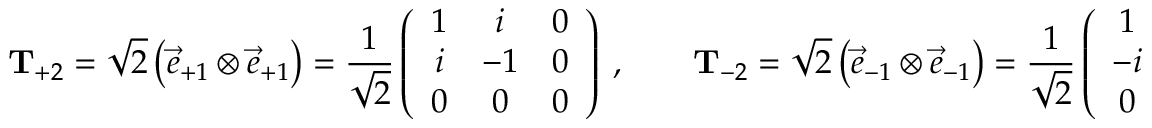
{ \bf T } _ { + 2 } = \sqrt { 2 } \left( { \vec { e } } _ { + 1 } \otimes { \vec { e } } _ { + 1 } \right) = \frac { 1 } { \sqrt { 2 } } \left( \begin{array} { c c c } { { 1 } } & { { i } } & { { 0 } } \\ { { i } } & { { - 1 } } & { { 0 } } \\ { { 0 } } & { { 0 } } & { { 0 } } \end{array} \right) ~ , \quad \quad { \bf T } _ { - 2 } = \sqrt { 2 } \left( { \vec { e } } _ { - 1 } \otimes { \vec { e } } _ { - 1 } \right) = \frac { 1 } { \sqrt { 2 } } \left( \begin{array} { c c c } { { 1 } } & { { - i } } & { { 0 } } \\ { { - i } } & { { - 1 } } & { { 0 } } \\ { { 0 } } & { { 0 } } & { { 0 } } \end{array} \right) ~ ,